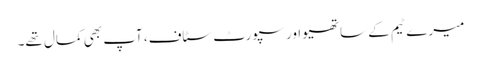
میرے ٹیم کے ساتھیو اور سپورٹ سٹاف، آپ بھی کمال تھے۔